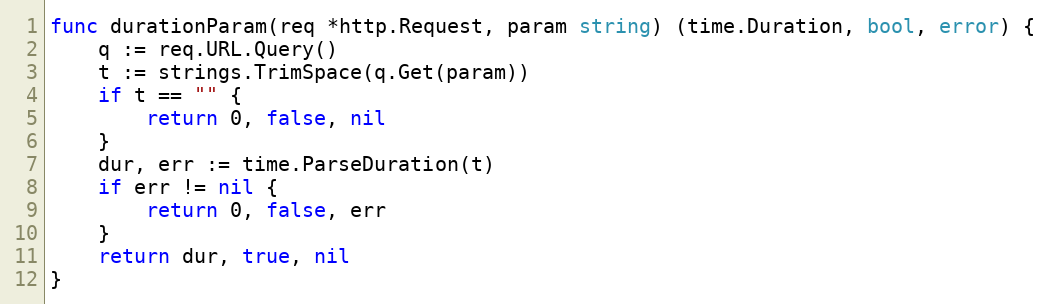
Language: Go
func durationParam(req *http.Request, param string) (time.Duration, bool, error) {
	q := req.URL.Query()
	t := strings.TrimSpace(q.Get(param))
	if t == "" {
		return 0, false, nil
	}
	dur, err := time.ParseDuration(t)
	if err != nil {
		return 0, false, err
	}
	return dur, true, nil
}